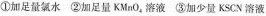
①加足量氯水 ②加足量KMnO_{4}溶液 ③加少量KSCN溶液